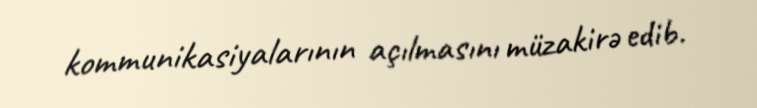
kommunikasiyalarının açılmasını müzakirə edib.